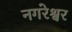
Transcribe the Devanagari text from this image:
नगरेश्वर